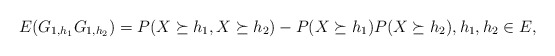
\begin{align*}E(G_{1,h_1}G_{1,h_2}) = P(X\succeq h_1, X \succeq h_2)- P(X\succeq h_1)P( X \succeq h_2), h_1,h_2 \in E, \end{align*}